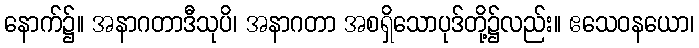
နောက်၌။ အနာဂတာဒီသုပိ၊ အနာဂတာ အစရှိသောပုဒ်တို့၌လည်း။ ဧသေဝနယော၊